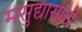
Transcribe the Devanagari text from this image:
मसुद्यासाठी